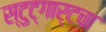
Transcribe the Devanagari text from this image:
स्टुट्गार्टचा